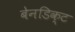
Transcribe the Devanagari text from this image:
बेनडिक्ट